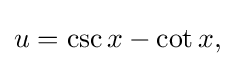
{\textstyle u=\csc x-\cot x,}